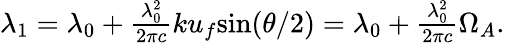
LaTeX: \begin{array}{r}{\lambda_{1}=\lambda_{0}+\frac{\lambda_{0}^{2}}{2\pi c}ku_{f}\mathrm{sin}(\theta/2)=\lambda_{0}+\frac{\lambda_{0}^{2}}{2\pi c}\Omega_{A}.}\end{array}